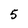
Character: 5